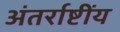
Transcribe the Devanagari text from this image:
अंतर्राष्टींय